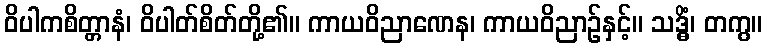
ဝိပါကစိတ္တာနံ၊ ဝိပါတ်စိတ်တို့၏။ ကာယဝိညာဏေန၊ ကာယဝိညာဉ်နှင့်။ သဒ္ဓိံ၊ တကွ။